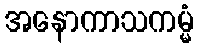
အနောကာသကမ္မံ